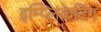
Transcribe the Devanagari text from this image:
इम्प्लिकेटिंग